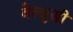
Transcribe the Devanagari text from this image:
वेल्त्रूसी